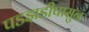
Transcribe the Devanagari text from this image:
पडझडीपासुन